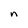
Character: n